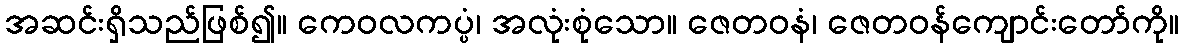
အဆင်းရှိသည်ဖြစ်၍။ ကေဝလကပ္ပံ၊ အလုံးစုံသော။ ဇေတဝနံ၊ ဇေတဝန်ကျောင်းတော်ကို။